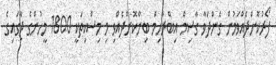
ފޯރުކޮށްދެއްވަމުން ގެންދަވާ ގާސިމް އިބްރާހިމް ބިނާކޮށްދެއްވި މި މިސްކިތަކީ 1800 މީހުންގެ ޖާގައިގެ